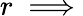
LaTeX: r\implies